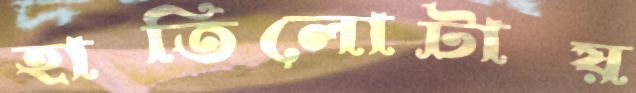
হাতিলোটায়